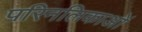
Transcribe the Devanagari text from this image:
परिनलिकाओं